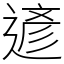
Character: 遃